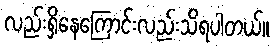
လည်းရှိနေကြောင်းလည်းသိရပါတယ်။